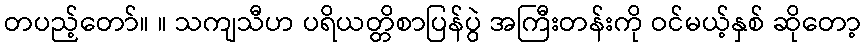
တပည့်တော်။ ။ သကျသီဟ ပရိယတ္တိစာပြန်ပွဲ အကြီးတန်းကို ဝင်မယ့်နှစ် ဆိုတော့